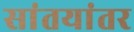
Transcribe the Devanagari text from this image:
सांतयांतर